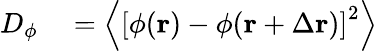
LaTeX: \begin{array}{rl}{D_{\phi}}&{{}=\left\langle\left[\phi(\mathbf{r})-\phi(\mathbf{r}+\Delta\mathbf{r})\right]^{2}\right\rangle}\end{array}